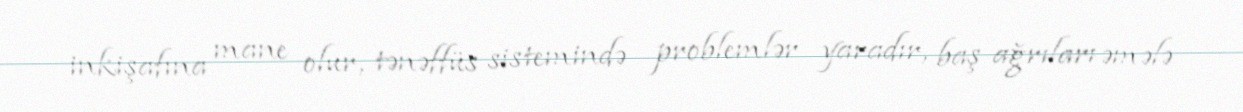
inkişafına mane olur, tənəffüs sistemində problemlər yaradır, baş ağrıları əmələ